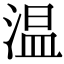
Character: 温